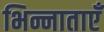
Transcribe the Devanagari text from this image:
भिन्नाताएँ